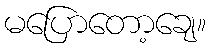
မပြောတော့ချေ။